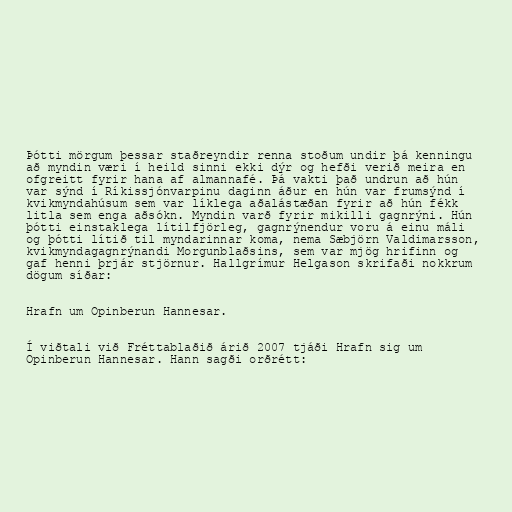
Þótti mörgum þessar staðreyndir renna stoðum undir þá kenningu
að myndin væri í heild sinni ekki dýr og hefði verið meira en
ofgreitt fyrir hana af almannafé. Þá vakti það undrun að hún
var sýnd í Ríkissjónvarpinu daginn áður en hún var frumsýnd í
kvikmyndahúsum sem var líklega aðalástæðan fyrir að hún fékk
litla sem enga aðsókn. Myndin varð fyrir mikilli gagnrýni. Hún
þótti einstaklega lítilfjörleg, gagnrýnendur voru á einu máli
og þótti lítið til myndarinnar koma, nema Sæbjörn Valdimarsson,
kvikmyndagagnrýnandi Morgunblaðsins, sem var mjög hrifinn og
gaf henni þrjár stjörnur. Hallgrímur Helgason skrifaði nokkrum
dögum síðar:

Hrafn um Opinberun Hannesar.

Í viðtali við Fréttablaðið árið 2007 tjáði Hrafn sig um
Opinberun Hannesar. Hann sagði orðrétt: